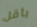
بأقل